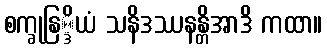
စက္ခုနြ္ဒိယံ သနိဒဿနန္တိအာဒိ ကထာ။